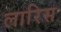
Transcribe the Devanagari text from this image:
लारिस